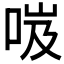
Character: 𠲺